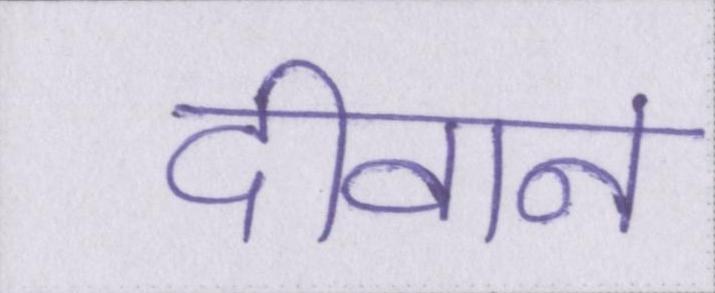
दीवान